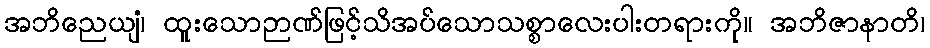
အဘိညေယျံ၊ ထူးသောဉာဏ်ဖြင့်သိအပ်သောသစ္စာလေးပါးတရားကို။ အဘိဇာနာတိ၊